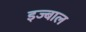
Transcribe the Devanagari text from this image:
इज्बाल